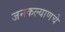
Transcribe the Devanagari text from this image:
जनकल्याणचे